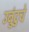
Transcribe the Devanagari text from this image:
उबुंटुचे